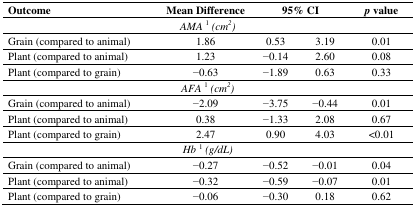
<table><thead><tr><td><b>Outcome</b></td><td><b>Mean Difference</b></td><td colspan="2"><b>95% CI</b></td><td><b><i>p</i> value</b></td></tr></thead><tbody><tr><td colspan="5"><i>AMA</i><sup>1</sup><i>(cm<sup>2</sup>)</i></td></tr><tr><td>Grain (compared to animal)</td><td>1.86</td><td>0.53</td><td>3.19</td><td>0.01</td></tr><tr><td>Plant (compared to animal)</td><td>1.23</td><td>−0.14</td><td>2.60</td><td>0.08</td></tr><tr><td>Plant (compared to grain)</td><td>−0.63</td><td>−1.89</td><td>0.63</td><td>0.33</td></tr><tr><td colspan="5"><i>AFA</i><sup>1</sup><i>(cm<sup>2</sup>)</i></td></tr><tr><td>Grain (compared to animal)</td><td>−2.09</td><td>−3.75</td><td>−0.44</td><td>0.01</td></tr><tr><td>Plant (compared to animal)</td><td>0.38</td><td>−1.33</td><td>2.08</td><td>0.67</td></tr><tr><td>Plant (compared to grain)</td><td>2.47</td><td>0.90</td><td>4.03</td><td>&lt;0.01</td></tr><tr><td colspan="5"><i>Hb</i><sup>1</sup><i>(g/dL)</i></td></tr><tr><td>Grain (compared to animal)</td><td>−0.27</td><td>−0.52</td><td>−0.01</td><td>0.04</td></tr><tr><td>Plant (compared to animal)</td><td>−0.32</td><td>−0.59</td><td>−0.07</td><td>0.01</td></tr><tr><td>Plant (compared to grain)</td><td>−0.06</td><td>−0.30</td><td>0.18</td><td>0.62</td></tr></tbody></table>